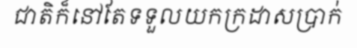
ជាតិក៏នៅតែទទួលយកក្រដាសប្រាក់